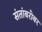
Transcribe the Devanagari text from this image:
संतांबरोबर